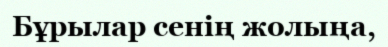
Бұрылар сенің жолыңа,